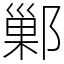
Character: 鄛